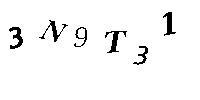
3N9T31